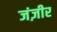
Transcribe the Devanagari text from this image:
जंज़ीर